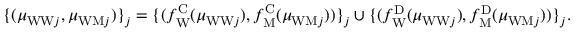
\begin{array} { r } { \{ ( \mu _ { \mathrm { W W } j } , \mu _ { \mathrm { W M } j } ) \} _ { j } = \{ ( f _ { \mathrm { W } } ^ { \mathrm { C } } ( \mu _ { \mathrm { W W } j } ) , f _ { \mathrm { M } } ^ { \mathrm { C } } ( \mu _ { \mathrm { W M } j } ) ) \} _ { j } \cup \{ ( f _ { \mathrm { W } } ^ { \mathrm { D } } ( \mu _ { \mathrm { W W } j } ) , f _ { \mathrm { M } } ^ { \mathrm { D } } ( \mu _ { \mathrm { W M } j } ) ) \} _ { j } . } \end{array}